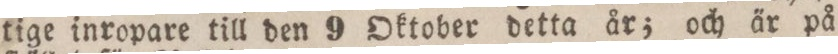
tige inropare till den 9 Oktober detta år; och är på